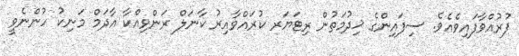
ފުރުއްވާފައިވެއެވެ. ސިފައިންގެ ޚިދުމަތުން ރިޓަޔަރ ކުރައްވާއިރު ކާނަލް ރަންވިއްކާ އާދަމް މަނިކު ހުންނެވީ